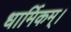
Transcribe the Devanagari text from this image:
धार्मिकम्‌।